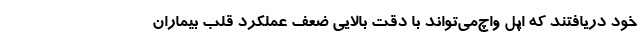
خود دریافتند که اپل واچ‌می‌تواند با دقت بالایی ضعف عملکرد قلب بیماران